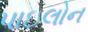
પાઇલોન